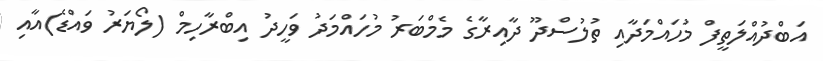
އަބްދުއްލަތީފް މުހައްމަދާއި ތުލުސްދޫ ދާއިރާގެ މެމްބަރު މުހައްމަދު ވަހީދު އިބްރާހިމް (ލޯޔަރު ވައްޑެ)އާއި